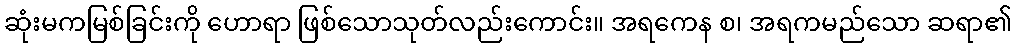
ဆုံးမကမြစ်ခြင်းကို ဟောရာ ဖြစ်သောသုတ်လည်းကောင်း။ အရကေန စ၊ အရကမည်သော ဆရာ၏